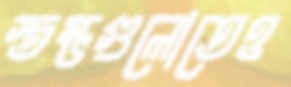
স্তম্ভগুলোতেও